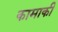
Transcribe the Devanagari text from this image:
कामाकी